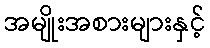
အမျိုးအစားများနှင့်